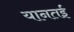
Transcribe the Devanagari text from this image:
यानतई